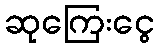
ဆုကြေးငွေ